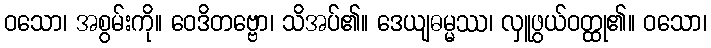
ဝသော၊ အစွမ်းကို။ ဝေဒိတဗ္ဗော၊ သိအပ်၏။ ဒေယျဓမ္မဿ၊ လှူဖွယ်ဝတ္ထု၏။ ဝသော၊